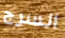
السرج